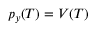
p _ { y } ( T ) = V ( T )